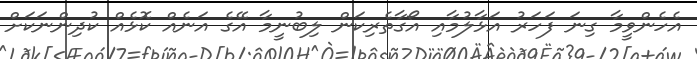
އެހެންވީމާ ގިނަ ފަހަރު އަޅާލުމާއި އޯގާތެރިކަން ލިބުނީމާ އޭގެ އަނެއް ކޮޅެއް ކުދިންނަކަށް